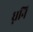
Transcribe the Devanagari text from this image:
ध्ननि